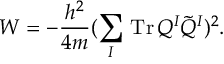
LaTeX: W = - \frac { h ^ { 2 } } { 4 m } ( \sum _ { I } \, \mathrm { T r } \, Q ^ { I } \tilde { Q } ^ { I } ) ^ { 2 } .